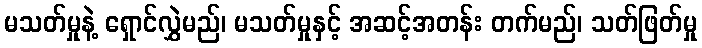
မသတ်မှုနဲ့ ရှောင်လွှဲမည်၊ မသတ်မှုနှင့် အဆင့်အတန်း တက်မည်၊ သတ်ဖြတ်မှု